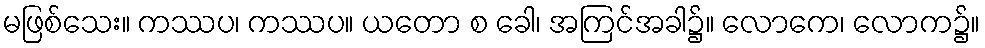
မဖြစ်သေး။ ကဿပ၊ ကဿပ။ ယတော စ ခေါ၊ အကြင်အခါ၌။ လောကေ၊ လောက၌။